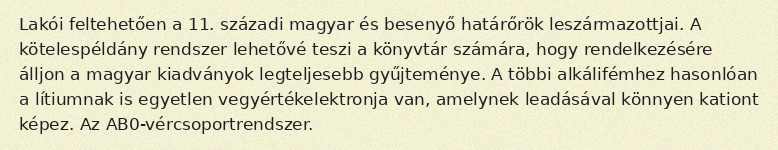
Lakói feltehetően a 11. századi magyar és besenyő határőrök leszármazottjai. A kötelespéldány rendszer lehetővé teszi a könyvtár számára, hogy rendelkezésére álljon a magyar kiadványok legteljesebb gyűjteménye. A többi alkálifémhez hasonlóan a lítiumnak is egyetlen vegyértékelektronja van, amelynek leadásával könnyen kationt képez. Az AB0-vércsoportrendszer.